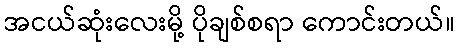
အငယ်ဆုံးလေးမို့ ပိုချစ်စရာ ကောင်းတယ်။